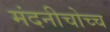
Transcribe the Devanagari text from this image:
मंदनीचोच्च